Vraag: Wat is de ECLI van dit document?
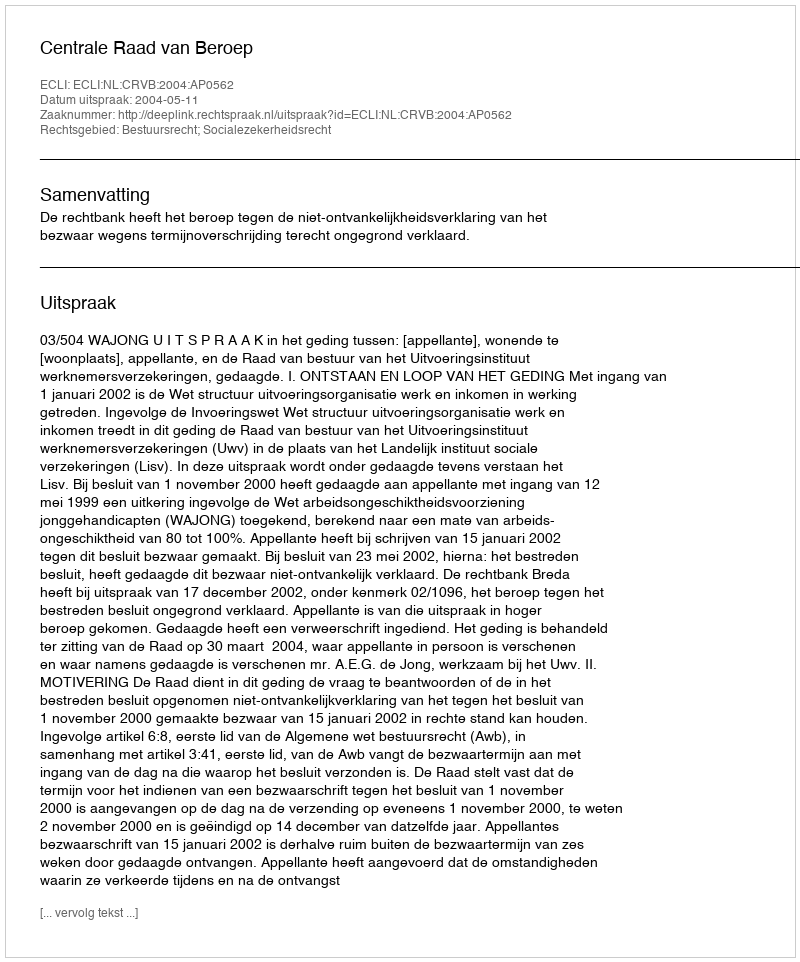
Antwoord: ECLI:NL:CRVB:2004:AP0562